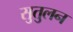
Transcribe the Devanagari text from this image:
सुतुलन